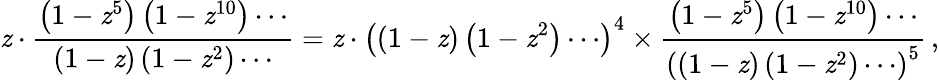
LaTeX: \mathit{z}\cdot{\frac{{\left(1-\mathit{z}^{5}\right)\left(1-\mathit{z}^{10}\right)\cdots}}{{\left(1-\mathit{z}\right)\left(1-\mathit{z}^{2}\right)\cdots}}}=\mathit{z}\cdot\left((1-\mathit{z})\left(1-\mathit{z}^{2}\right)\cdots\right)^{4}\times{\frac{{\left(1-\mathit{z}^{5}\right)\left(1-\mathit{z}^{10}\right)\cdots}}{{\left(\left(1-\mathit{z}\right)\left(1-\mathit{z}^{2}\right)\cdots\right)^{5}}}}\, ,